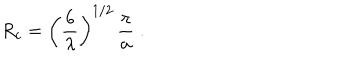
R _ { c } = \left( \frac { 6 } { \lambda } \right) ^ { 1 / 2 } \, \frac { \pi } { a } \; .